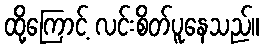
ထို့ကြောင့် လင်းစိတ်ပူနေသည်။